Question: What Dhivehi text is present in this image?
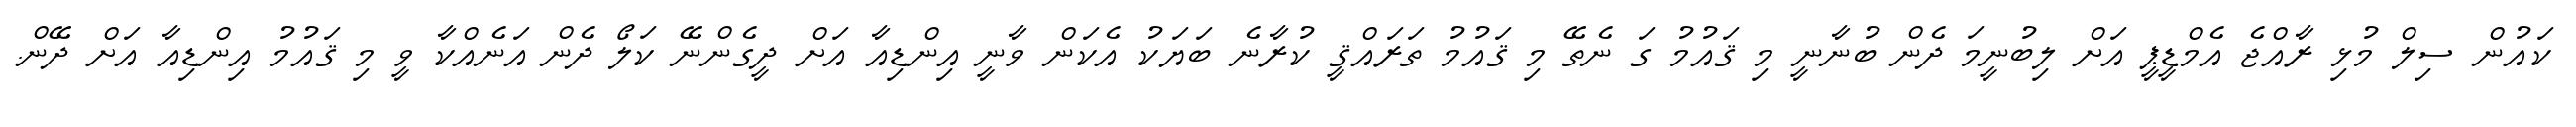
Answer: ކައުން ސިލް މުޅި ރާއްޖެ އެމްޑީޕީ އަށް ލިބުނީމަ ދެން ބުނާނީ މި ޤައުމު ގަ ނެތޭ މި ޤައުމު ތަރައްޤީ ކުރާނެ ބަޔަކު އެކަން ވާނީ އިންޑިއާ އަށް ދީގެންނޭ ކަލޯ ދެން އަނެއްކާ ވީ މި ޤައުމު އިންޑިއާ އަށް ދޭން.